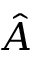
\hat { A }